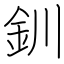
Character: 釧